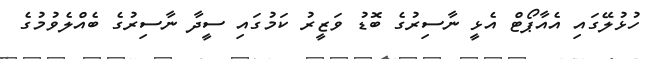
ހުޅުލޭގައި އެއާޕޯޓް އެޅީ ނާސިރުގެ ބޮޑު ވަޒީރު ކަމުގައި ސީދާ ނާސިރުގެ ބެއްލެވުމުގެ